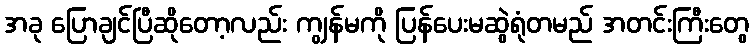
အခု ပြောချင်ပြီဆိုတော့လည်း ကျွန်မကို ပြန်ပေးမဆွဲရုံတမည် အတင်းကြီးတွေ